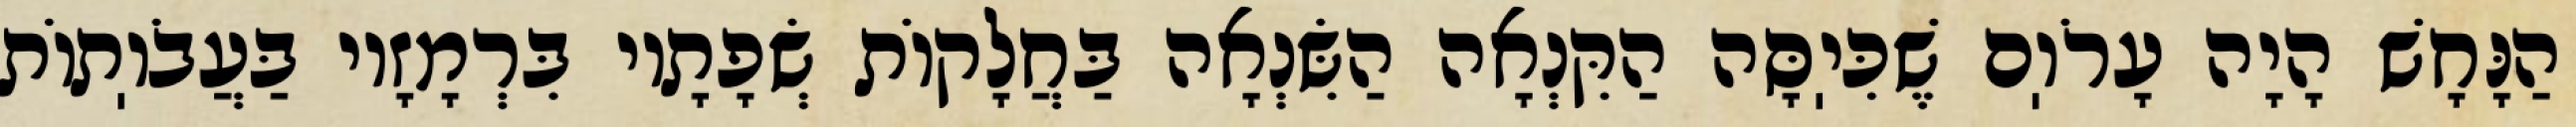
הַנָּחָשׁ הָיָה עָרֹוֽם שֶׁכִּיֽסָּה הַקִּנְאָה הַשִּׂנְאָה בַּחֲלָקוֹת שְׂפָתָיו בִּרְמָזָיו בַּעֲבֹוֽתוֹת